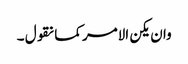
وان یکن الامر کما نقول ۔